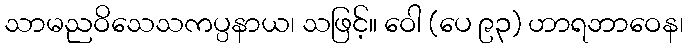
သာမညဝိသေသကပ္ပနာယ၊ သဖြင့်။ ဝေါ (ပေ ၉၃) ဟာရဘာဝေန၊